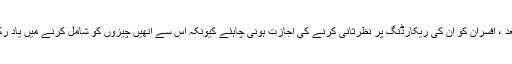
ابتدائی رپورٹ لکھنے کے بعد ، افسران کو ان کی ریکارڈنگ پر نظرثانی کرنے کی اجازت ہونی چاہئے کیونکہ اس سے انھیں چیزوں کو شامل کرنے میں یاد رکھنے میں مدد مل سکتی ہے۔